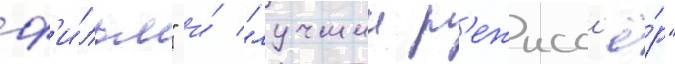
ф'и́льм" и́ "лучшии р'ежисс'ё́р"